Annual returns of the Patna Lunatic Asylum at Bankipore in Bihar and Orissa - 1912-1924
Year: 1912
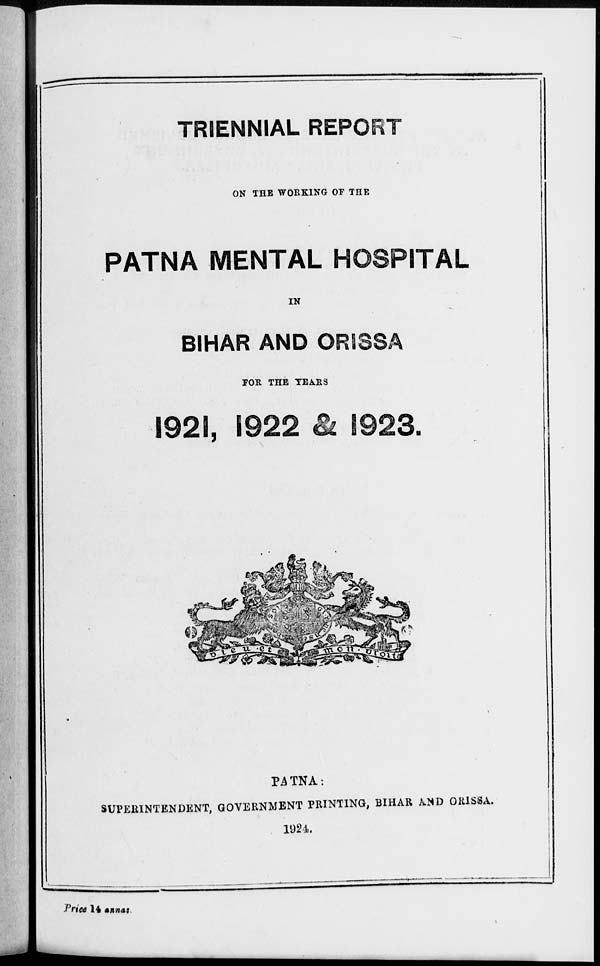
TRIENNIAL REPORT
ON THE WORKING OF THE
PATNA MENTAL HOSPITAL
IN
BIHAR AND ORISSA
FOR THE YEARS
1921, 1922 & 1923.
PATNA:
SUPERINTENDENT, GOVERNMENT PRINTING, BIHAR AND ORISSA.
1924.
Price 14 annas.